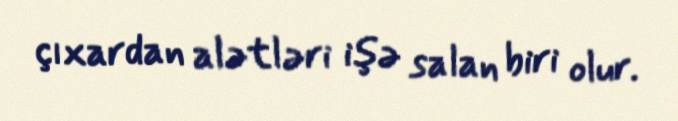
çıxardan alətləri işə salan biri olur.